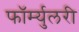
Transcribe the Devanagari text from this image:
फॉर्म्युलरी